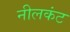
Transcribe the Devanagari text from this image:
नीलकंट